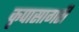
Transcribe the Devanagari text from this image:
कृपासागरी